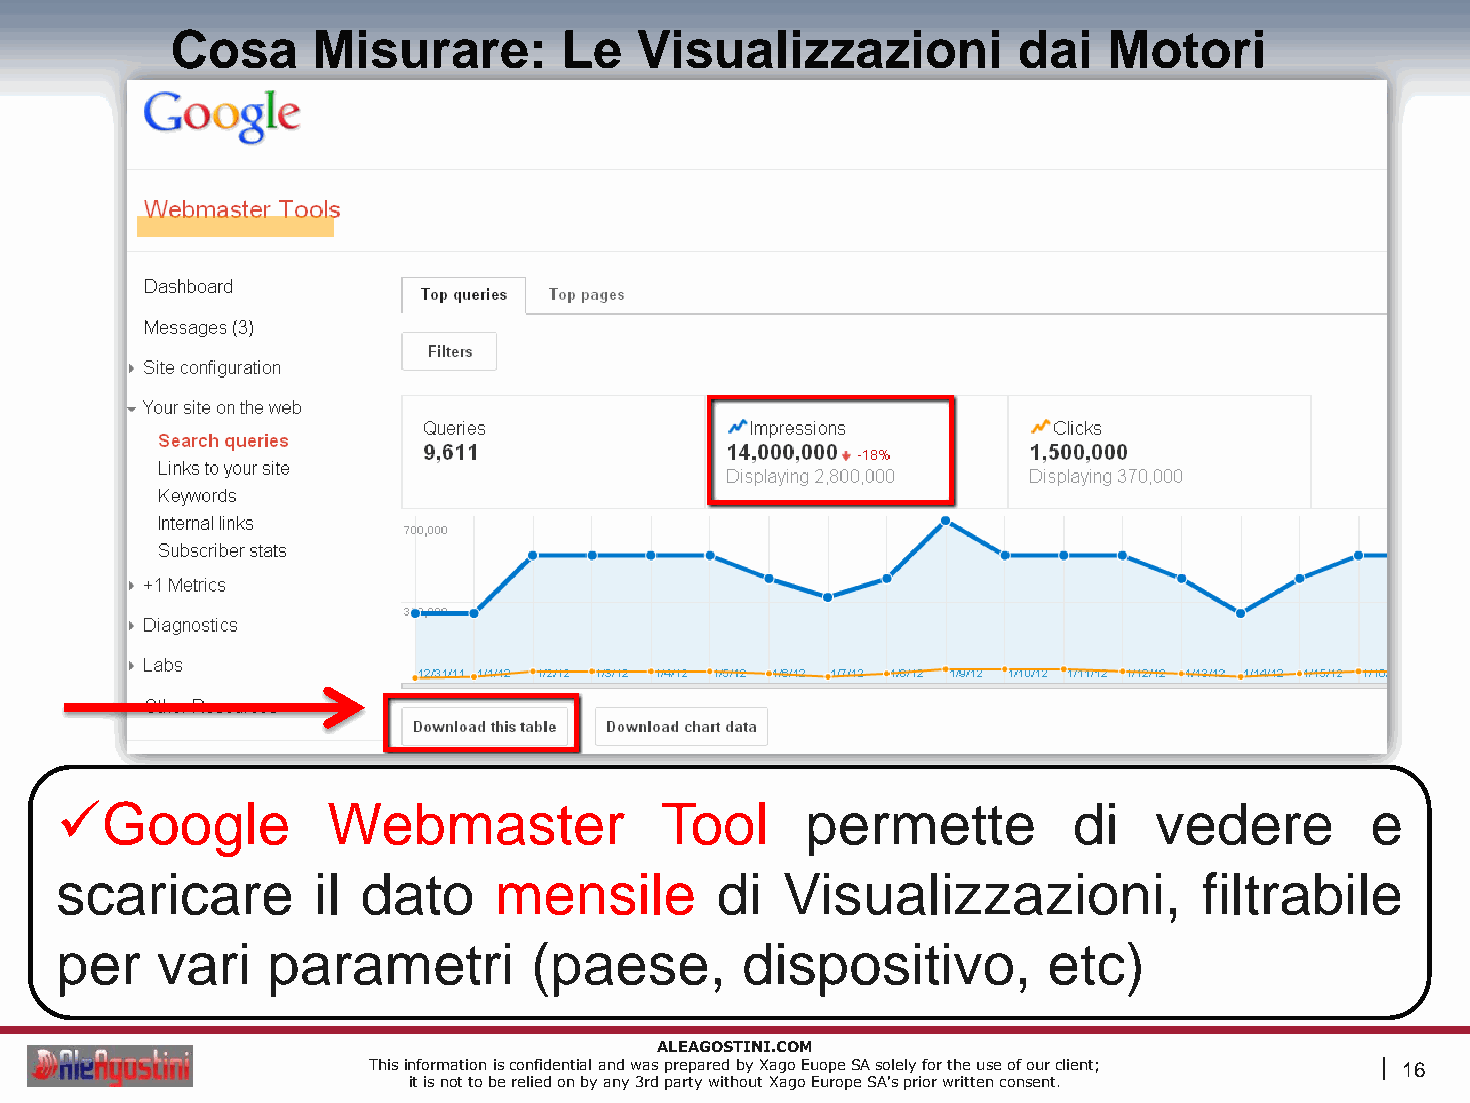
Cosa      Misurare:       Le   Visualizzazioni          dai   Motori
 Google           Webmaster             Tool     permette          di   vedere         e
 scaricare        il dato     mensile       di   Visualizzazioni,            filtrabile
 per   vari    parametri        (paese,       dispositivo,        etc)
 ALEAGOSTINI.COM
 This information is confidential and was prepared by Xago Euope SA solely for the use of our client; | 16
 it is not to be relied on by any 3rd party without Xago Europe SA's prior written consent.